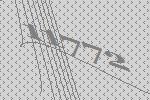
11772